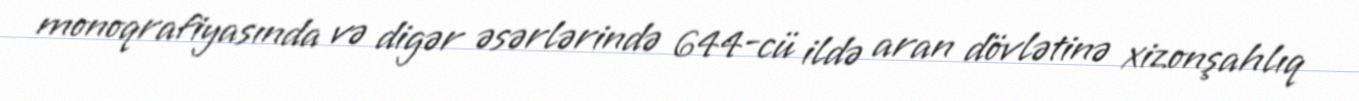
monoqrafiyasında və digər əsərlərində 644-cü ildə aran dövlətinə xizonşahlıq